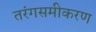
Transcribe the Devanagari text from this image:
तरंगसमीकरण